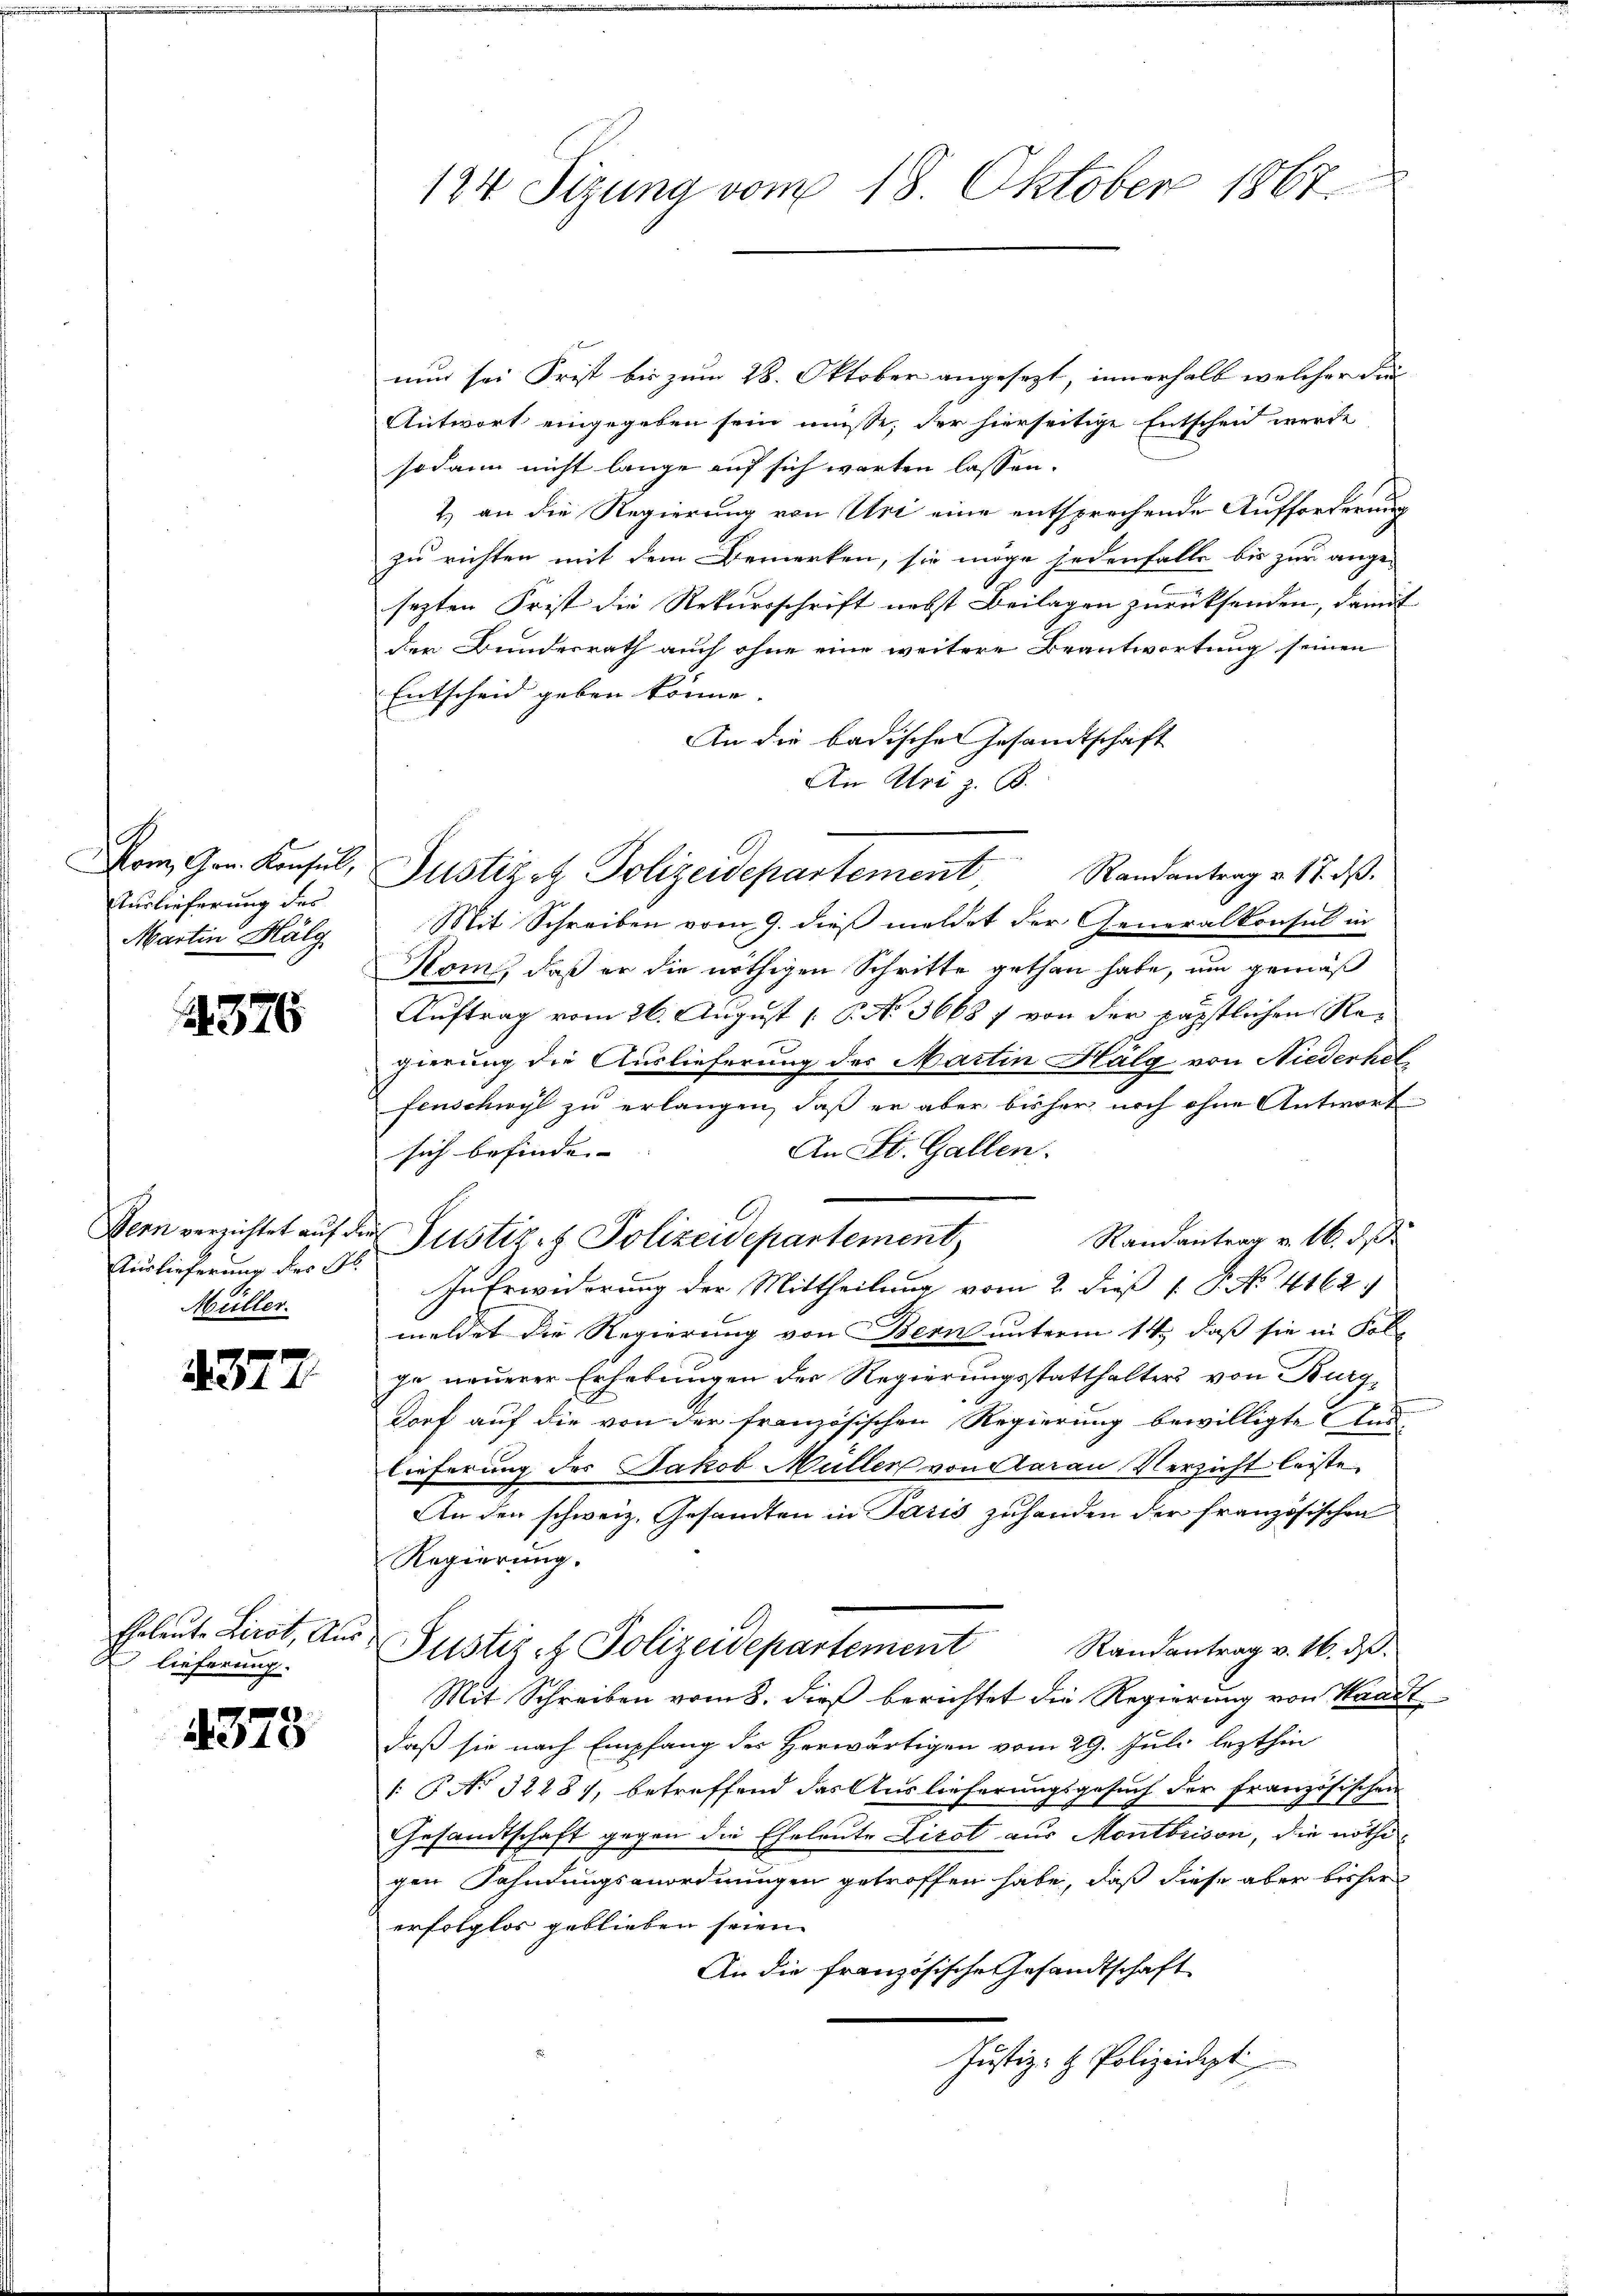
om Ger. Konsul,
Auslieferung des
Martin Häl

4376

Auslieferung der Al.
Müller.

f
371

Ehrleute Licit, Auslieferung.

4378

124 Sizung vom 18. Oktober 1867.

nun sei Frist bis zum 28. Oktober angesezt, innerhalb welcher die
Antwort eingegeben sein müsse; der hierseitige Entschen werde
sodann nicht lange auf sich warten lassen.
2.) an die Regierung von Uri eine entsprechende Aufforderung
zu richten mit dem Bemerken, sie möge jedenfalls bis zur ange-
sezten Frist die Rekursschrift nebst Beilagen zurücksenden, damit
den Bunderrath auch ohne eine weitere Beantwortung seinen
Entscheid geben könne.
An die badische Gesandtschaft
An Uri z. B.
Mit Schreiben vom 9. dieß meldet der Generalkonsul in
Koms, daß er die nöthigen Schritte gethan habe, um gemäß
Auftrag vom 26. August [ P. No 3668 f von der päpstlichen Regierung die Auslieferung des Martin Hälg von Niederhelfenschwyl zu erlangen, daß er aber bisher noch ohne Antwort
An St. Gallen.
sich befinde- |
Bern verzichtet auf die Justiz- & Polizeidepartement,
Randantrag v. 16. ds
In Erwiderung der Mittheilung vom 2. dieß P. No 4162.
meldet die Regierung von Bern unterm 14. daß sie in Fol-
ge neuerer Erhebungen der Regierungsstatthalters von Burg,
dorf auf die von der französischen Regierung bewilligte Aus-
lieferung des Jakob Müller von Aarau Verzicht leiste
An den schweiz. Gesamten in Paris zuhanden der französischen
Regierung.
Justiz- & Polizeidepartement
Randantrag v. 16. ds.
Mit Schreiben vom 8. dieß berichtet die Regierung von Waadt,
daß sie nach Empfang des Herwärtigen vom 29. Juli lezthin
gesuch der Französischen
: No 32287, betreffend das Auslieferung
Gesandtschaft gegen die Eheleute Licot aus Montbrison, die nöthigen Fahndungsanordnungen getroffen habe, daß diese aber bisher
erfolglos geblieben seien. |
An die französische Gesandtschaft
Justiz- & Polizeidigt

Justiz & Polizeidepartement

Randantrag v. 17. ds.